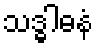
သဒ္ဓါဓနံ